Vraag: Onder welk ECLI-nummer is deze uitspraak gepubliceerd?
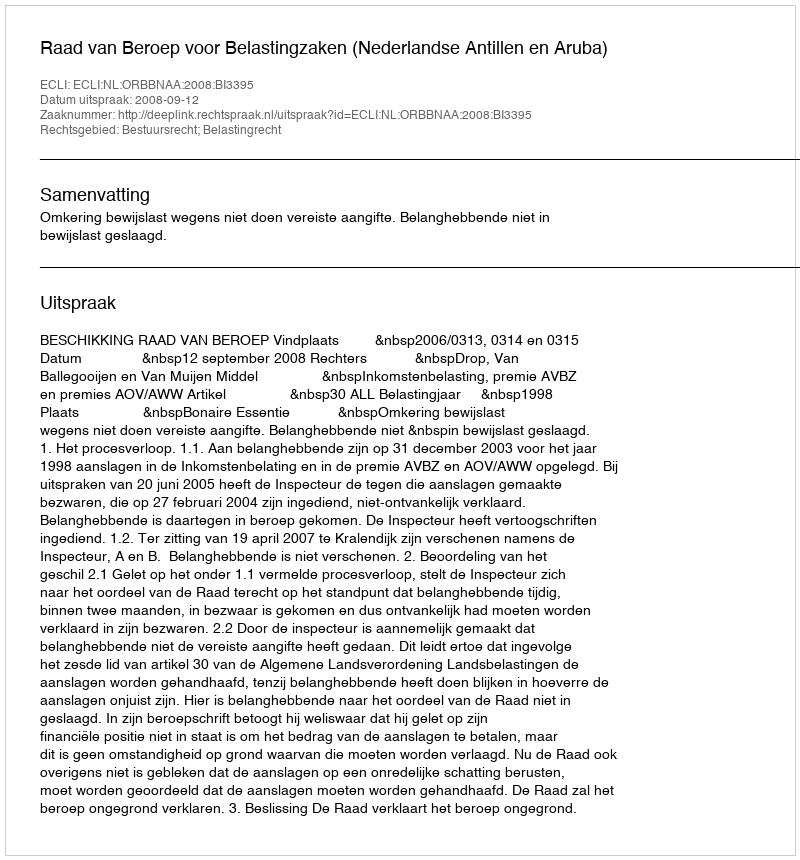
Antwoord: ECLI:NL:ORBBNAA:2008:BI3395